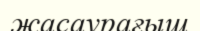
жасаурағыш